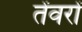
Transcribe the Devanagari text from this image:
तेंवरों